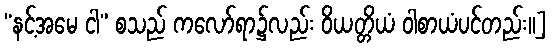
“နင့်အမေ ငါ” စသည် ကလော်ရာ၌လည်း ဝိယတ္တိယံ ဝါစာယံပင်တည်း။]